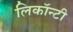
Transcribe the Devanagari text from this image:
लिकॉन्टी